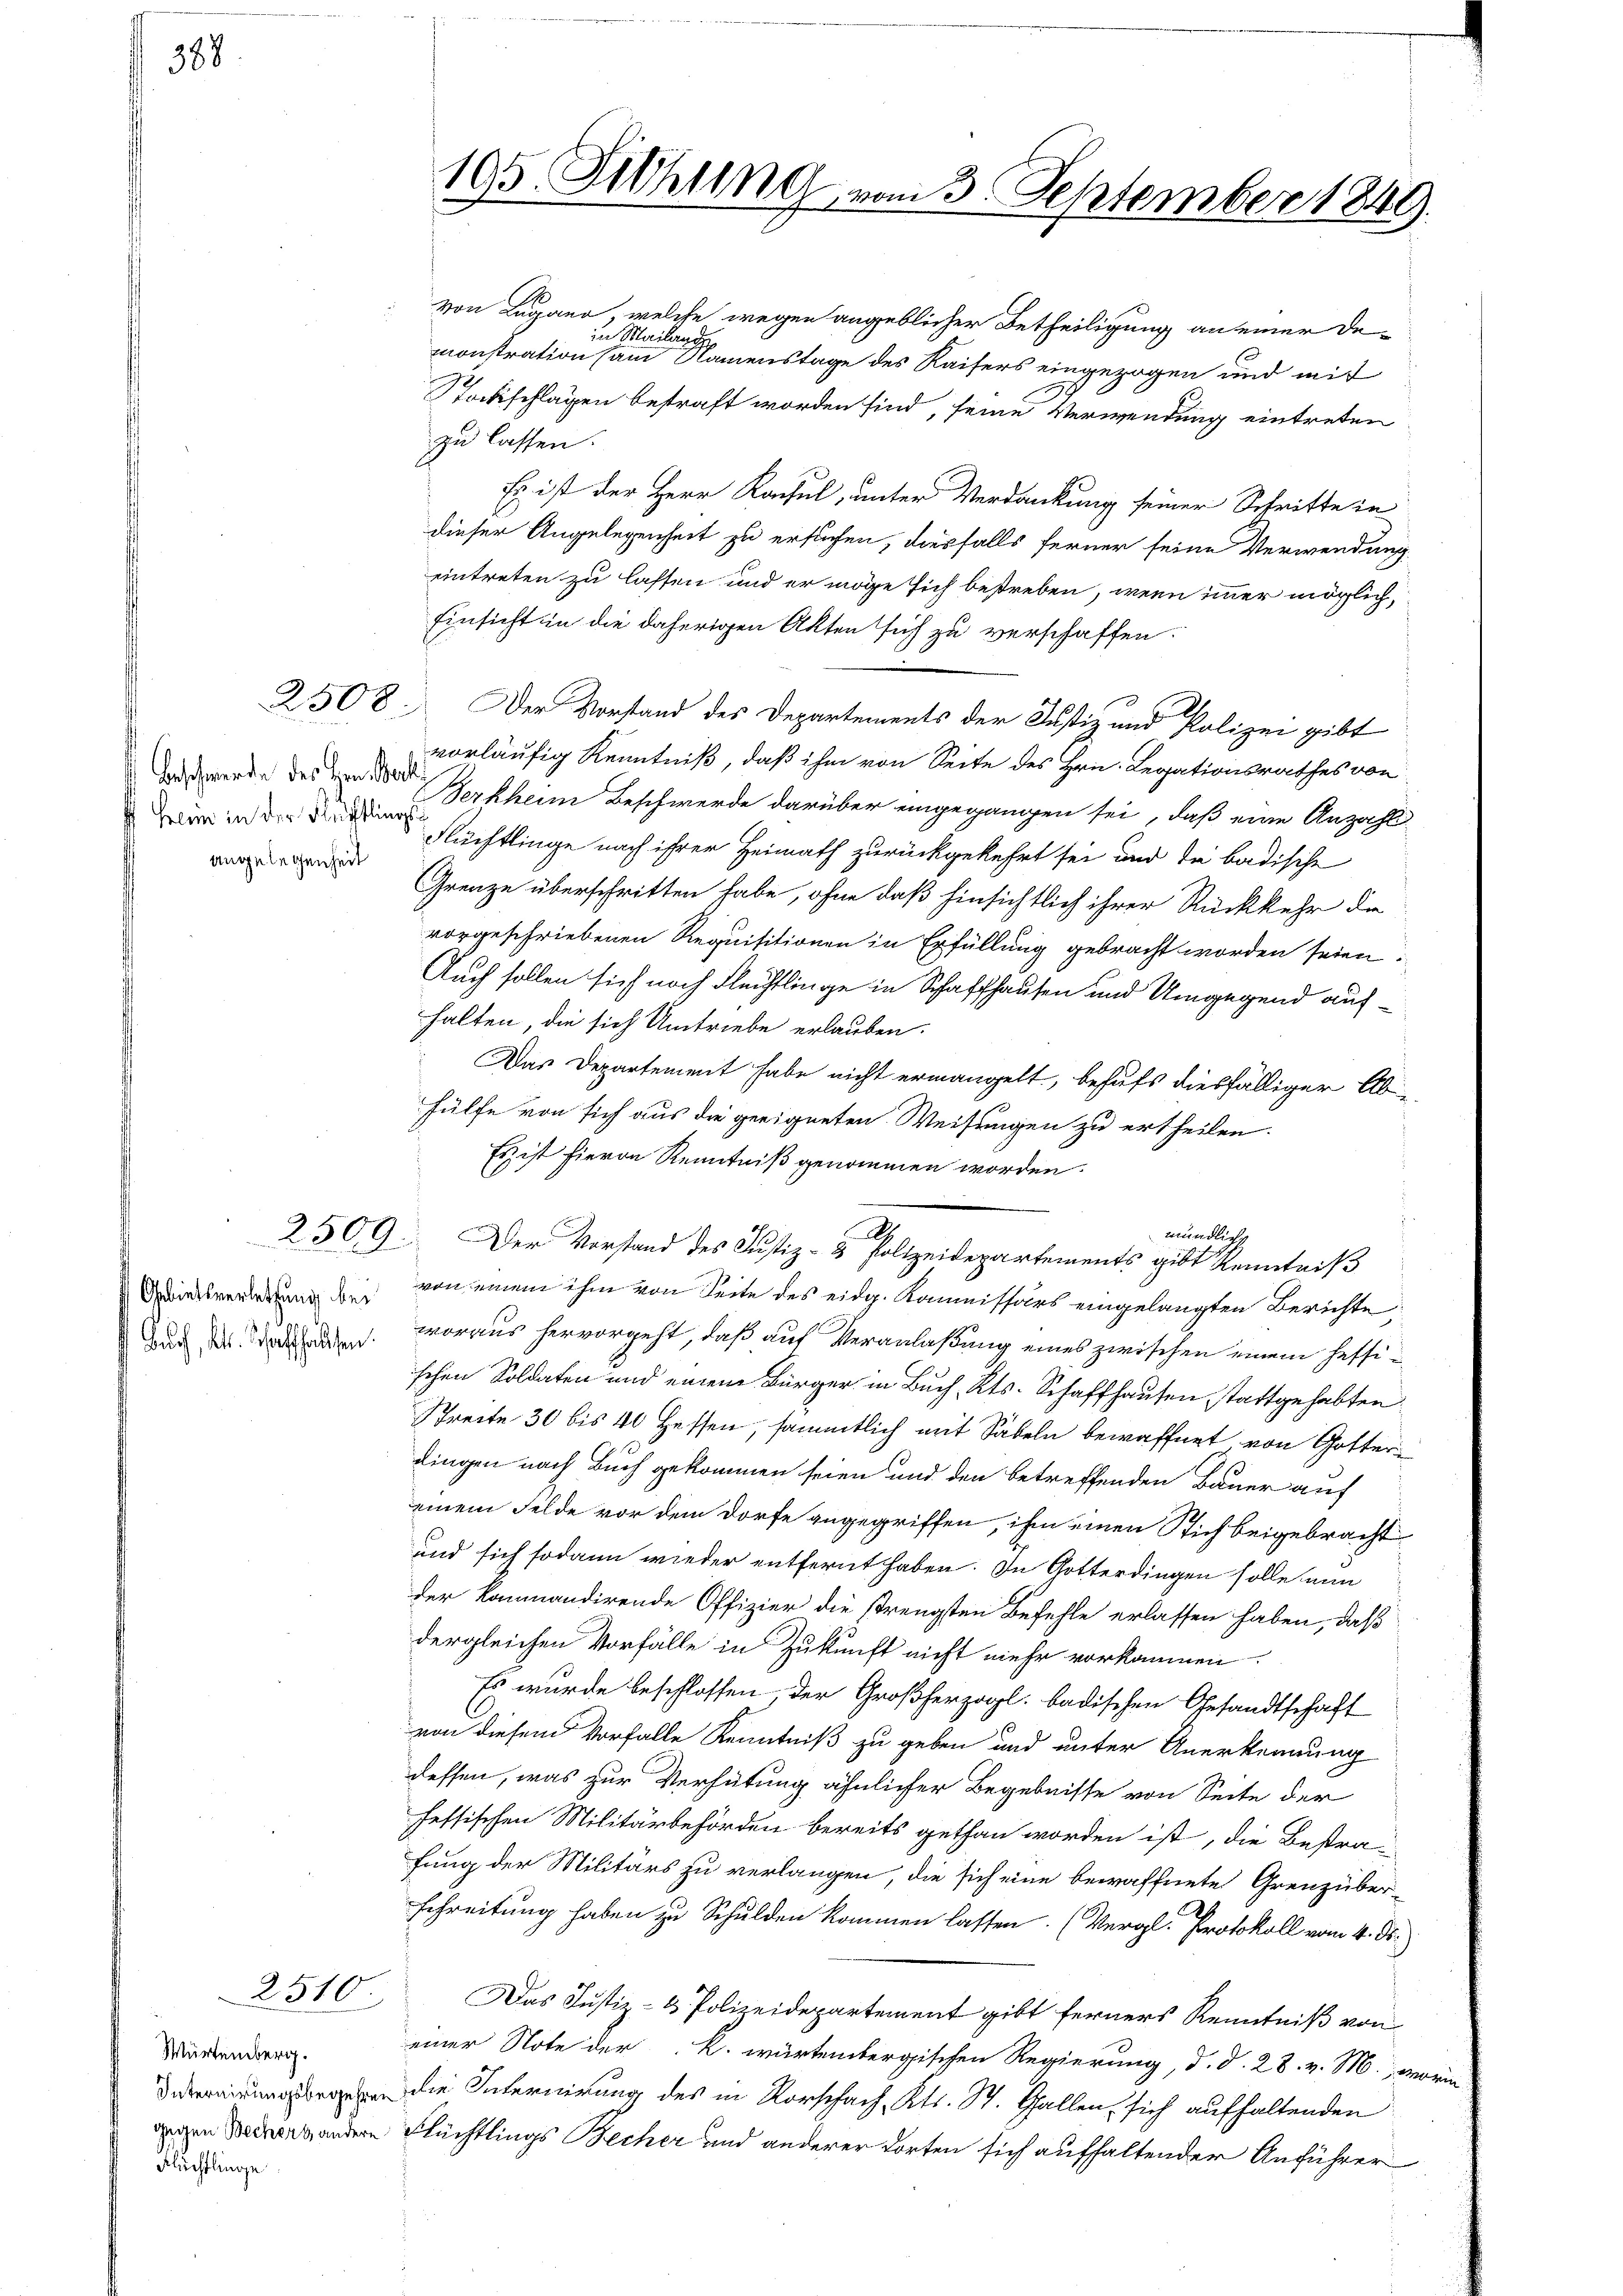
388.

Beschwerde des Hrn. Back
heim in der Rechtlings
angelegenheit

2510

Gebietsverletzung bei

Würtemberg.
Flüchtlinge

von Lugano, welche wegen angeblicher Betheiligung an einer Deun
Meilen
monstration am Namenstage des Kaisers eingezogen und mit
Stockschlagen bestraft worden sind, seine Verwendung eintreten
zu lassen.
Es ist der Herr Konsul, unter Verdankung seiner Schritte in
dieser Angelegenheit zu ersuchen, dasfalls ferner seine Verwendung
eintreten zu lassen und er möge sich bestreben, wenn immer möglich,
Einsicht in die daherigen Akten sich zu verschaffen.
2508. Der Vorstand des Departements der Justiz und Polizei gibt
vorläufig Kenntniß, daß ihm von Seite des Hrn. Legationsrathes von
Verkheim Beschwerde darüber eingegangen sei, daß eine Anzahl-
Flüchtlinge nach ihrer Heimath zurückgekehrt sei und die badische
Grenze überschritten habe, ohne daß hinsichtlich ihrer Rückkehr die
vorgeschriebenen Requisitionen in Erfüllung gebracht worden seien
Auch sollen sich noch Flechtlinge in Schaffhausen und Umgegend aufhalten, die sich Umtriebe erlauben.
Das Departement habe nicht ermangelt, behufs diesfälliger Ab-
fülfe von sich aus die geeigneten Weisungen zu ertheilen.
Es ist hievon Renntniß genommen worden.
mündliche
von einem ihm von Seite des eidg. Kommissärs eingelangten Berichte
duch der Bedenen woraus hervorgeht, daß auf Veranlaßung eines zwischen einem heffischen Soldaten und einem Bürger in Buch, Kts. Schaffhausen stattgehabten
Breite 30 bis 40 Hessen, sämmtlich mit Sabeln bewaffnet von Gotterdingen nach Buch gekommen seien und den betreffenden Bauer auf
einem Felde vor dem Dorfe angegriffen, ihm einen Stich beigebracht
und sich sodann wieder entfernt haben. In Gotterdingen solle nun
der kommandirende Offizier die strengsten Befehle erlassen haben, daß
dergleichen Vorfälle in Zukunft nicht mehr vorkommen.
Es wurde beschlossen, der Großherzogl. badischen Gesandtschaft
von diesem Vorfalle Kenntniß zu geben und unter Anerkennung
dessen, was zur Verhütung ähnlicher Begebnisse von Seite der
fessischen Militärbehörden bereits gethan worden ist, die Bestra-
fung der Militärs zu verlangen, die sich eine bewaffnete Grenz über
schreitung haben zu Schulden kommen lassen. (Vergl. Protokoll vom 4. ds.
Das Justiz- & Polizeidepartement gibt ferners Kenntniß von
einer Note der K. wartembergischen Regierung, d. d. 28. v. M., worin
 die Internirung des in Vorschach, Kts. St. Gallen, sich aufhaltenden
wegen Verhandere Flüchtlings Becher und anderer dorten sich aufhaltender Anführer

105. Fethung vom 3. September 1849.

A
2509. Der Vorstand des Justiz- & Polizeidepartements gibt Kenntniß